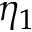
\eta _ { 1 }